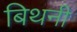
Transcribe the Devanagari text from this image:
बिथनी